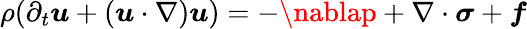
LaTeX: \rho(\partial_{t}\boldsymbol{\mathit{u}}+(\boldsymbol{\mathit{u}}\cdot\nabla)\boldsymbol{\mathit{u}})=-\nablap+\nabla\cdot\boldsymbol{\sigma}+\boldsymbol{f}